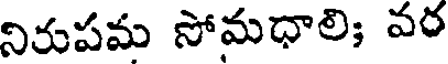
నిరుపమ సోమధాలి; వర